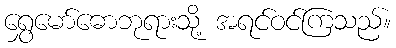
ရွှေမော်ဓောဘုရားသို့ အရင်ဝင်ကြသည်။